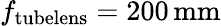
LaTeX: f_{\mathrm{tubelens}}=200\, \textup{mm}